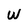
Character: W